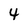
Character: 4